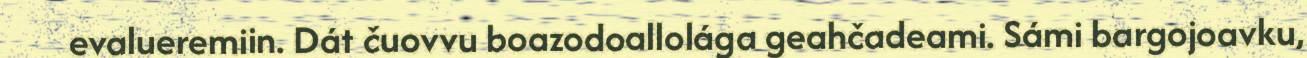
evalueremiin. Dát čuovvu boazodoallolága geahčadeami. Sámi bargojoavku,